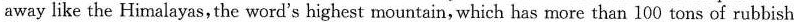
away like the Himalayas,the word's highest mountain, which has more than 100 tons of rubbish